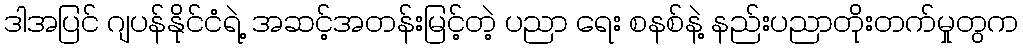
ဒါအပြင် ဂျပန်နိုင်ငံရဲ့ အဆင့်အတန်းမြင့်တဲ့ ပညာ ရေး စနစ်နဲ့ နည်းပညာတိုးတက်မှုတွက